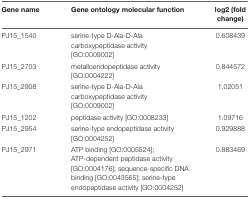
<table><thead><tr><td><b>Gene name</b></td><td><b>Gene ontology molecular function</b></td><td><b>log2 (fold change)</b></td></tr></thead><tbody><tr><td>PJ15_1540</td><td>serine-type D-Ala-D-Ala carboxypeptidase activity [GO:0009002]</td><td>0.608439</td></tr><tr><td>PJ15_2703</td><td>metalloendopeptidase activity [GO:0004222]</td><td>0.844572</td></tr><tr><td>PJ15_2908</td><td>serine-type D-Ala-D-Ala carboxypeptidase activity [GO:0009002]</td><td>1.02051</td></tr><tr><td>PJ15_1202</td><td>peptidase activity [GO:0008233]</td><td>1.09716</td></tr><tr><td>PJ15_2954</td><td>serine-type endopeptidase activity [GO:0004252]</td><td>0.929888</td></tr><tr><td>PJ15_2971</td><td>ATP binding [GO:0005524]; ATP-dependent peptidase activity [GO:0004176]; sequence-specific DNA binding [GO:0043565]; serine-type endopeptidase activity [GO:0004252]</td><td>0.883469</td></tr></tbody></table>